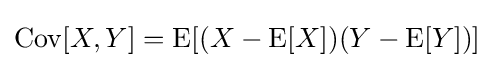
\operatorname {Cov} [X,Y]=\operatorname {E} [(X-\operatorname {E} [X])(Y-\operatorname {E} [Y])]